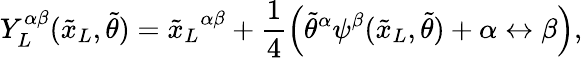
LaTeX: Y_{L}^{\alpha\beta}({\tilde{x}_{L}},{\tilde{\theta}})={{\tilde{x}_{L}}^{\alpha\beta}}+\frac{1}{4}\left({{\tilde{\theta}}^{\alpha}}\psi^{\beta}({\tilde{x}_{L}},{\tilde{\theta}})+\alpha\leftrightarrow\beta\right),